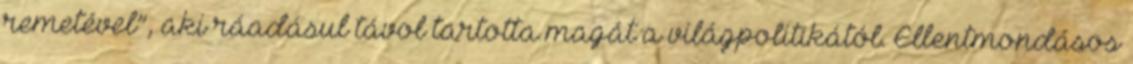
remetével”, aki ráadásul távol tartotta magát a világpolitikától. Ellentmondásos